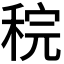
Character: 𫀶